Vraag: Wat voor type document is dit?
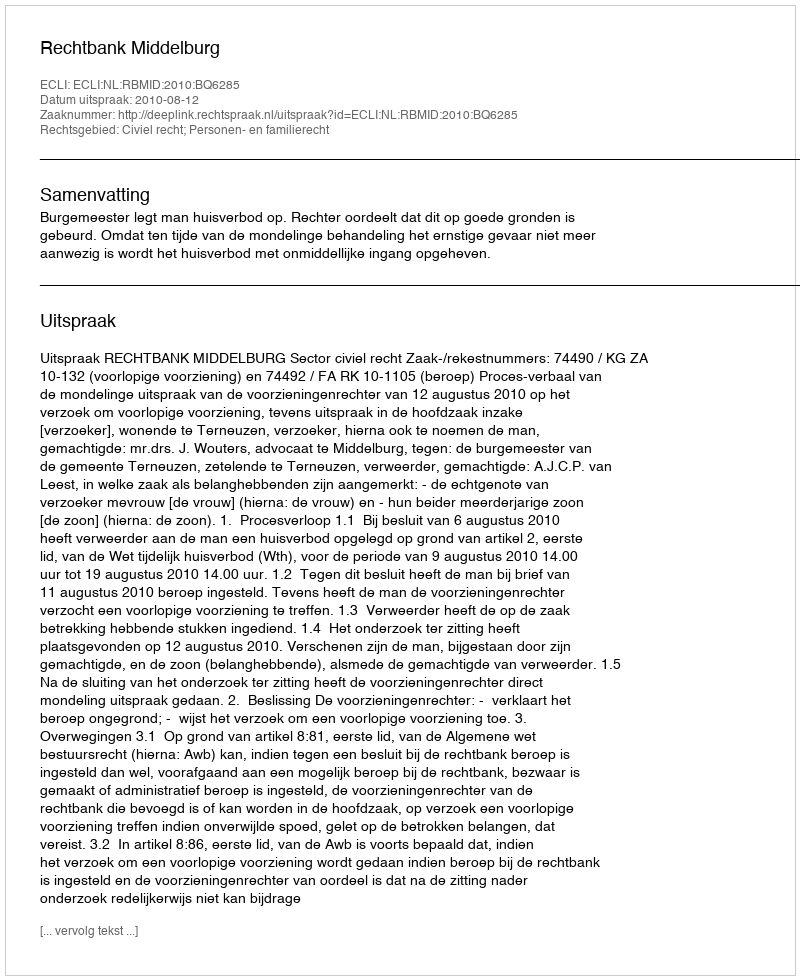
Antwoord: Uitspraak